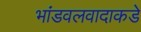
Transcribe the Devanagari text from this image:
भांडवलवादाकडे